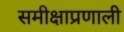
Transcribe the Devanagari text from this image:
समीक्षाप्रणाली